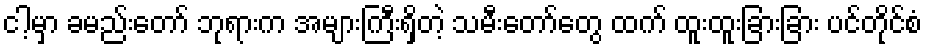
ငါ့မှာ ခမည်းတော် ဘုရားက အများကြီးရှိတဲ့ သမီးတော်တွေ ထက် ထူးထူးခြားခြား ပင်တိုင်စံ